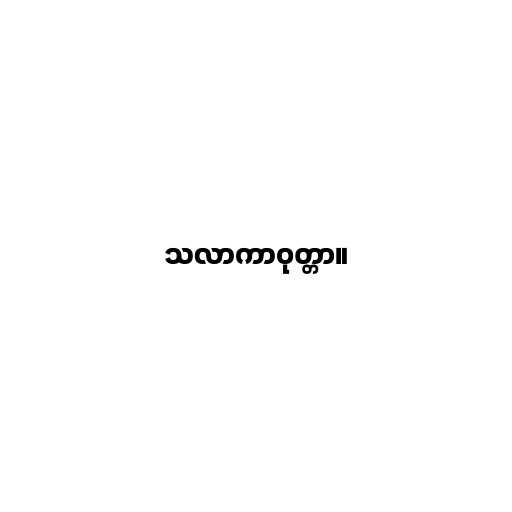
သလာကာဝုတ္တာ။